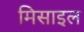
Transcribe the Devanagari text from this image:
मिसाइल